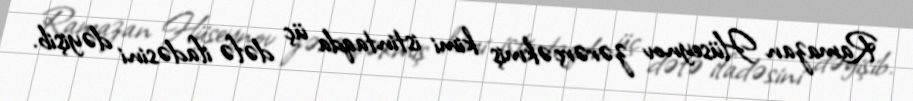
Ramazan Hüseynov zərərçəkmiş kimi istintaqda üç dəfə ifadəsini dəyişib.